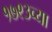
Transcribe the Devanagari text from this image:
१७९३च्या